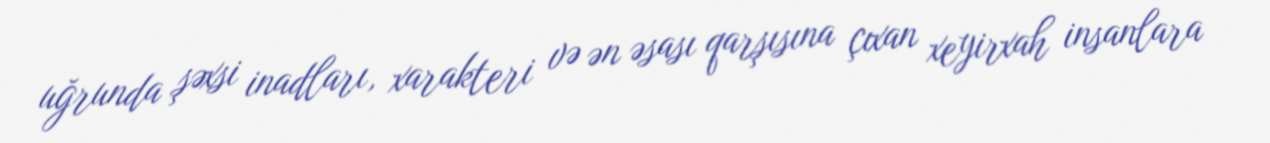
uğrunda şəxsi inadları, xarakteri və ən əsası qarşısına çıxan xeyirxah insanlara